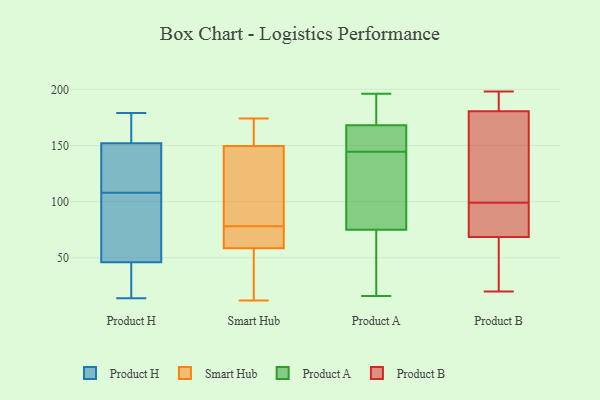
{"axis": {"x": "Operating Costs (USD K)", "y": "Value"}, "legend": ["Product A", "Product B", "Product H", "Smart Hub"], "data": [{"x": "", "y": 33, "type": "Product H"}, {"x": "", "y": 152, "type": "Product H"}, {"x": "", "y": 179, "type": "Product H"}, {"x": "", "y": 152, "type": "Product H"}, {"x": "", "y": 134, "type": "Product H"}, {"x": "", "y": 161, "type": "Product H"}, {"x": "", "y": 158, "type": "Product H"}, {"x": "", "y": 126, "type": "Product H"}, {"x": "", "y": 14, "type": "Product H"}, {"x": "", "y": 110, "type": "Product H"}, {"x": "", "y": 90, "type": "Product H"}, {"x": "", "y": 106, "type": "Product H"}, {"x": "", "y": 81, "type": "Product H"}, {"x": "", "y": 139, "type": "Product H"}, {"x": "", "y": 56, "type": "Product H"}, {"x": "", "y": 19, "type": "Product H"}, {"x": "", "y": 46, "type": "Product H"}, {"x": "", "y": 20, "type": "Product H"}, {"x": "", "y": 150, "type": "Smart Hub"}, {"x": "", "y": 69, "type": "Smart Hub"}, {"x": "", "y": 149, "type": "Smart Hub"}, {"x": "", "y": 76, "type": "Smart Hub"}, {"x": "", "y": 41, "type": "Smart Hub"}, {"x": "", "y": 163, "type": "Smart Hub"}, {"x": "", "y": 174, "type": "Smart Hub"}, {"x": "", "y": 48, "type": "Smart Hub"}, {"x": "", "y": 70, "type": "Smart Hub"}, {"x": "", "y": 80, "type": "Smart Hub"}, {"x": "", "y": 144, "type": "Smart Hub"}, {"x": "", "y": 12, "type": "Smart Hub"}, {"x": "", "y": 58, "type": "Product A"}, {"x": "", "y": 99, "type": "Product A"}, {"x": "", "y": 32, "type": "Product A"}, {"x": "", "y": 104, "type": "Product A"}, {"x": "", "y": 152, "type": "Product A"}, {"x": "", "y": 196, "type": "Product A"}, {"x": "", "y": 83, "type": "Product A"}, {"x": "", "y": 146, "type": "Product A"}, {"x": "", "y": 181, "type": "Product A"}, {"x": "", "y": 193, "type": "Product A"}, {"x": "", "y": 184, "type": "Product A"}, {"x": "", "y": 67, "type": "Product A"}, {"x": "", "y": 106, "type": "Product A"}, {"x": "", "y": 147, "type": "Product A"}, {"x": "", "y": 57, "type": "Product A"}, {"x": "", "y": 143, "type": "Product A"}, {"x": "", "y": 16, "type": "Product A"}, {"x": "", "y": 174, "type": "Product A"}, {"x": "", "y": 162, "type": "Product A"}, {"x": "", "y": 150, "type": "Product A"}, {"x": "", "y": 51, "type": "Product B"}, {"x": "", "y": 70, "type": "Product B"}, {"x": "", "y": 97, "type": "Product B"}, {"x": "", "y": 97, "type": "Product B"}, {"x": "", "y": 190, "type": "Product B"}, {"x": "", "y": 20, "type": "Product B"}, {"x": "", "y": 178, "type": "Product B"}, {"x": "", "y": 194, "type": "Product B"}, {"x": "", "y": 188, "type": "Product B"}, {"x": "", "y": 99, "type": "Product B"}, {"x": "", "y": 98, "type": "Product B"}, {"x": "", "y": 138, "type": "Product B"}, {"x": "", "y": 198, "type": "Product B"}, {"x": "", "y": 171, "type": "Product B"}, {"x": "", "y": 64, "type": "Product B"}, {"x": "", "y": 155, "type": "Product B"}, {"x": "", "y": 56, "type": "Product B"}]}